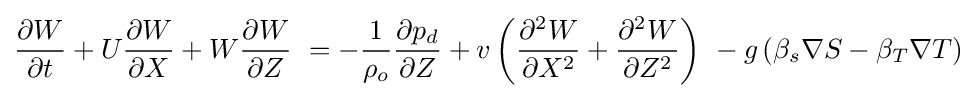
{\frac {\partial W}{\partial t}}+U{\frac {\partial W}{\partial X}}+W{\frac {\partial W}{\partial Z}}\ =-{\frac {1}{\rho _{o}}}{\frac {\partial p_{d}}{\partial Z}}+v\left({\frac {\partial ^{2}W}{\partial X^{2}}}+{\frac {\partial ^{2}W}{\partial Z^{2}}}\right)\ -g\left(\beta _{s}\nabla {S}-\beta _{T}\nabla {T}\right)